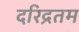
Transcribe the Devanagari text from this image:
दरिद्रतम